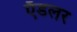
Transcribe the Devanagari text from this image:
ऍडलर